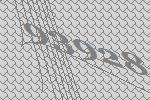
93928